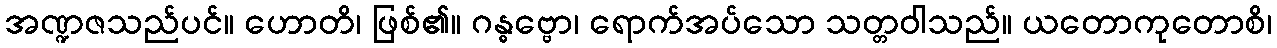
အဏ္ဍဇသည်ပင်။ ဟောတိ၊ ဖြစ်၏။ ဂန္ဓဗ္ဗော၊ ရောက်အပ်သော သတ္တဝါသည်။ ယတောကုတောစိ၊